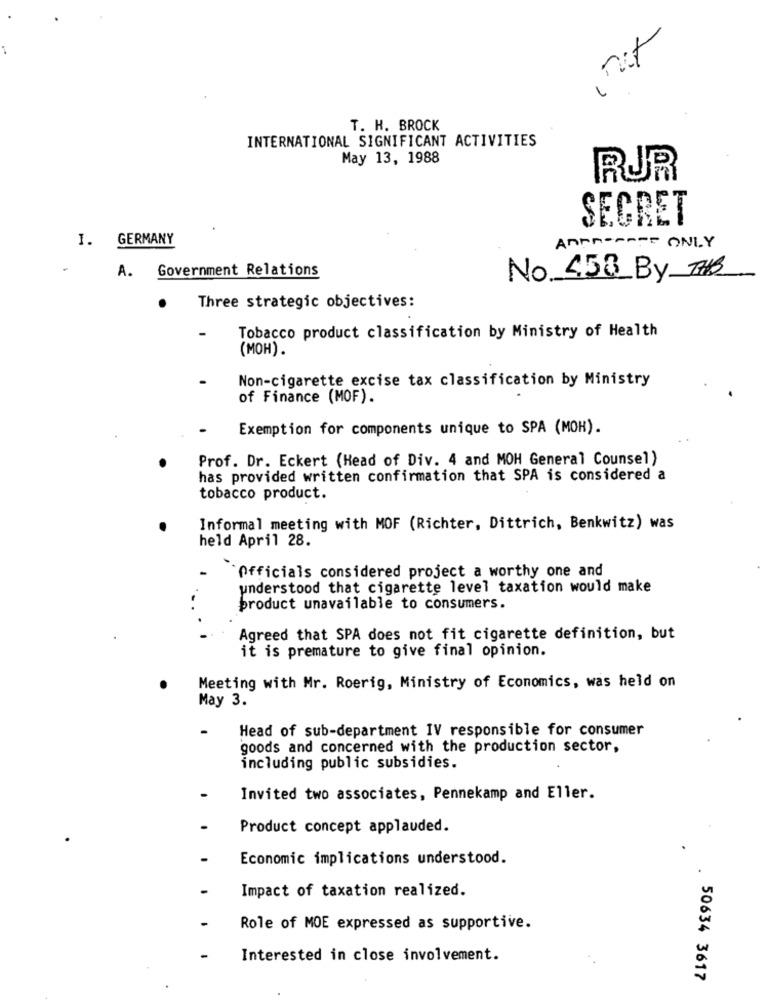
T. H. BROCK
INTERNATIONAL SIGNIFICANT ACTIVITIES
May 13, 1988
RUR
SECRET
I. GERMANY
AnPR-SATT ONLY
A. Government Relations
No. 458 By THE
Three strategic objectives:
Tobacco product classification by Ministry of Health
(MOH).
Non-cigarette excise tax classification by Ministry
of Finance (MOF).
Exemption for components unique to SPA (MOH).
Prof. Dr. Eckert (Head of Div. 4 and MOH General Counsel)
has provided written confirmation that SPA is considered a
tobacco product.
Informal meeting with MOF (Richter, Dittrich, Benkwitz) was
held April 28.
Officials considered project a worthy one and
understood that cigarette level taxation would make
product unavailable to consumers.
Agreed that SPA does not fit cigarette definition, but
it is premature to give final opinion.
Meeting with Mr. Roerig, Ministry of Economics, was held on
May 3.
Head of sub-department IV responsible for consumer
goods and concerned with the production sector,
including public subsidies.
Invited two associates, Pennekamp and Eller.
Product concept applauded.
Economic implications understood.
Impact of taxation realized.
Role of MOE expressed as supportive.
Interested in close involvement.
50634 3617